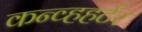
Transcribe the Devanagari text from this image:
कन्व्हहर्टर